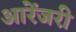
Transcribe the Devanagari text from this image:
आरेंजरी